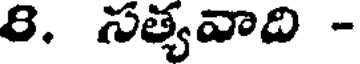
8. సత్యవాది -